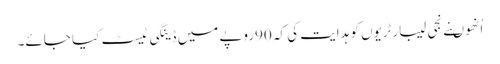
اُنھوںنے نجی لیبارٹریوں کو ہدایت کی کہ 90روپے میں ڈینگی ٹیسٹ کیا جائے۔